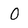
Character: 0